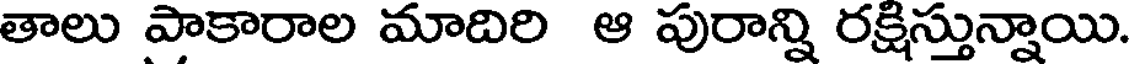
తాలు పాకారాల మాదిరి ఆ పురాన్ని రక్షిస్తున్నాయి.